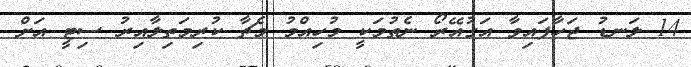
14 ލަނޑު ޖަހާފައިވާ އަގުއޭރޯ ނެތުމަކީ މުހިއްމު މެޗާ ކުރިމަތިލާއިރު ސިޓީ އަށް